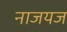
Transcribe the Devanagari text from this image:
नाजयज